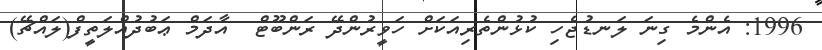
1996: އެންމެ ގިނަ ލަނޑުޖެހި ކުޅުންތެރިއަކަށް ހަވީރުންދޭ ރަންބޫޓް  އާދަމް ޢަބުދުއްލަތީފް(ލައްޗޭ)